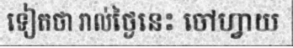
ទៀតថា រាល់ថ្ងៃនេះ ចៅហ្វាយ